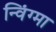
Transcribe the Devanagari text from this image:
न्विंग्मा